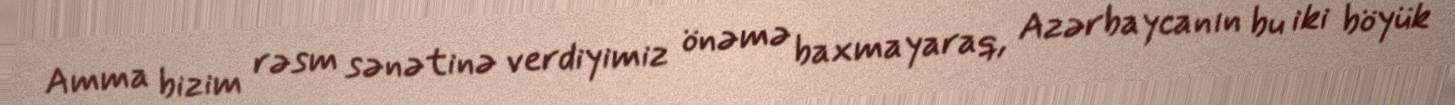
Amma bizim rəsm sənətinə verdiyimiz önəmə baxmayaraq, Azərbaycanın bu iki böyük